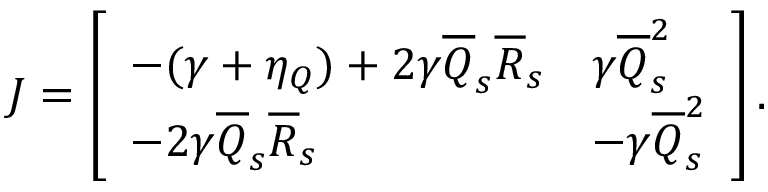
J = \left[ \begin{array} { l l } { - ( \gamma + \eta _ { Q } ) + 2 \gamma \overline { Q } _ { s } \overline { R } _ { s } } & { \gamma \overline { Q } _ { s } ^ { 2 } } \\ { - 2 \gamma \overline { Q } _ { s } \overline { R } _ { s } } & { - \gamma \overline { Q } _ { s } ^ { 2 } } \end{array} \right] .